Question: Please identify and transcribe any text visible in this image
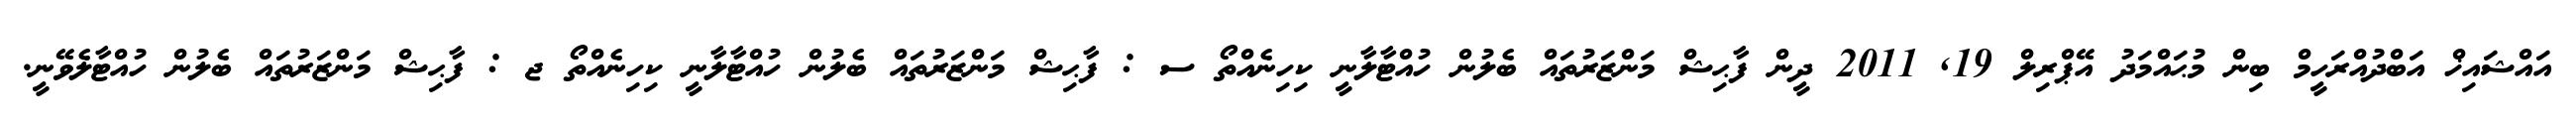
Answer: އައްޝައިޚް އަބްދުއްރަހީމް ބިން މުޙައްމަދު އޭޕްރިލް 19, 2011 ދީން ފާޙިޝް މަންޒަރުތައް ބެލުން ހުއްޓާލާނީ ކިހިނެއްތޯ ސ : ފާޙިޝް މަންޒަރުތައް ބެލުން ހުއްޓާލާނީ ކިހިނެއްތޯ ޖ : ފާޙިޝް މަންޒަރުތައް ބެލުން ހުއްޓާލެވޭނީ.